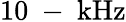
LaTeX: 10\mathrm{~-~}\mathrm{kHz}